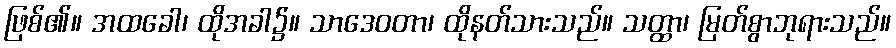
ဖြစ်၏။ အထခေါ၊ ထိုအခါ၌။ သာဒေဝတာ၊ ထိုနတ်သားသည်။ သတ္ထာ၊ မြတ်စွာဘုရားသည်။